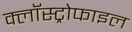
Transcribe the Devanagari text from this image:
क्लॉस्ट्रोफाइल